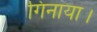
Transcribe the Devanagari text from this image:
गिनाया।